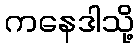
ကနေဒါသို့